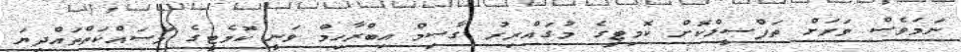
ނަމަވެސް ވަރަށް ތަފްސީލްކޮށް ކޮމިޓީގެ މުގައްރިރު ގާސިމް އިބްރާހިމް ވަނީ ކޮމެޓީގެ މަސައްކަތްތައްދިޔަ